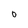
Character: O